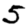
Digit: 5